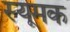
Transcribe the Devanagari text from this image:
स्यूमक